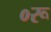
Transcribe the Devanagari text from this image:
०रू